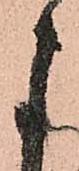
よ